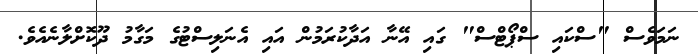
ނަމަވެސް "ސްކައި ސްޕޯޓްސް" ގައި އޭނާ އަދާކުރަމުން އައި އެނަލިސްޓުގެ މަގާމު ދޫކޮށްލާނެއެވެ.